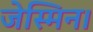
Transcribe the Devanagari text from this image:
जेस्मिन।